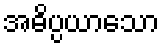
အဓိပ္ပယာသော